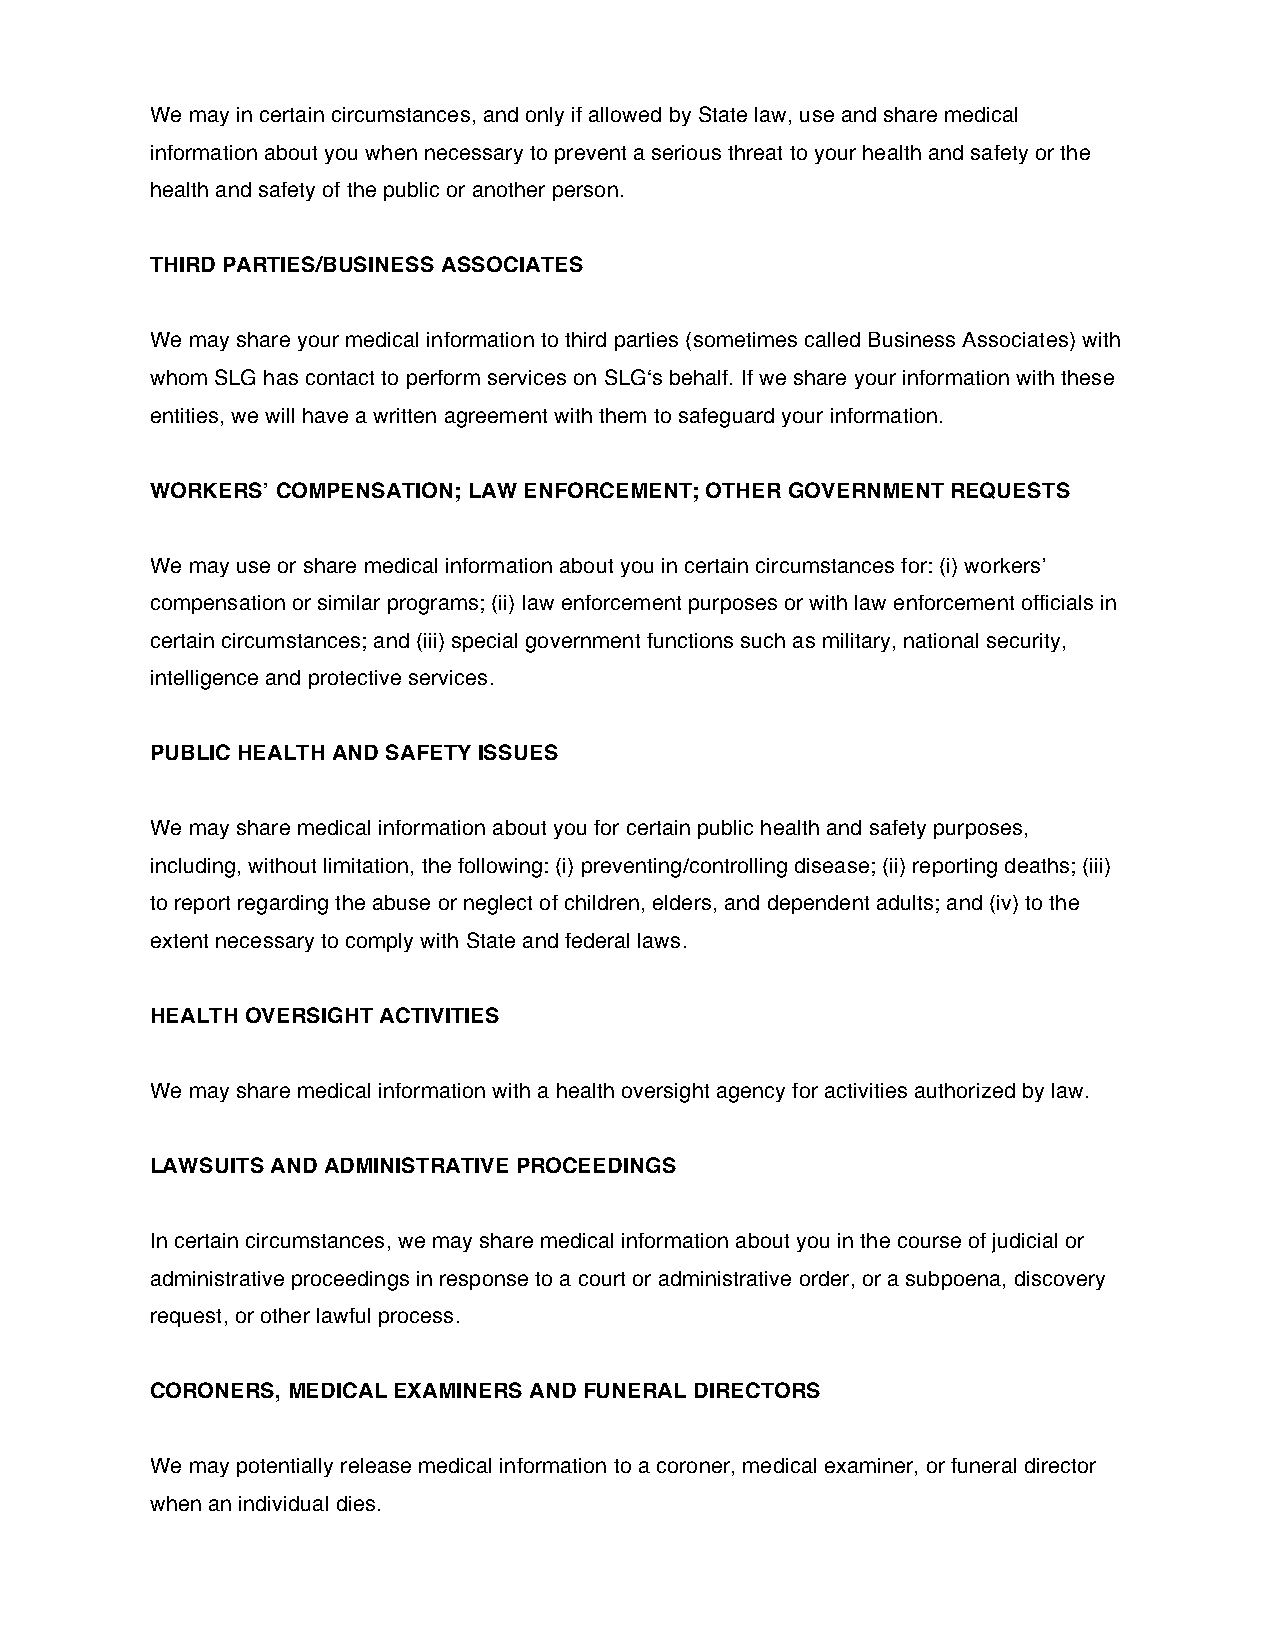
We may in certain circumstances, and only if allowed by State law, use and share medical
 information about you when necessary to prevent a serious threat to your health and safety or the
 health and safety of the public or another person.
 THIRD PARTIES/BUSINESS ASSOCIATES
 We may share your medical information to third parties (sometimes called Business Associates) with
 whom SLG has contact to perform services on SLG‘s behalf. If we share your information with these
 entities, we will have a written agreement with them to safeguard your information.
 WORKERS’ COMPENSATION; LAW ENFORCEMENT; OTHER GOVERNMENT REQUESTS
 We may use or share medical information about you in certain circumstances for: (i) workers’
 compensation or similar programs; (ii) law enforcement purposes or with law enforcement officials in
 certain circumstances; and (iii) special government functions such as military, national security,
 intelligence and protective services.
 PUBLIC HEALTH AND SAFETY ISSUES
 We may share medical information about you for certain public health and safety purposes,
 including, without limitation, the following: (i) preventing/controlling disease; (ii) reporting deaths; (iii)
 to report regarding the abuse or neglect of children, elders, and dependent adults; and (iv) to the
 extent necessary to comply with State and federal laws.
 HEALTH OVERSIGHT ACTIVITIES
 We may share medical information with a health oversight agency for activities authorized by law.
 LAWSUITS AND ADMINISTRATIVE PROCEEDINGS
 In certain circumstances, we may share medical information about you in the course of judicial or
 administrative proceedings in response to a court or administrative order, or a subpoena, discovery
 request, or other lawful process.
 CORONERS, MEDICAL EXAMINERS AND FUNERAL DIRECTORS
 We may potentially release medical information to a coroner, medical examiner, or funeral director
 when an individual dies.